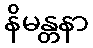
နိမန္တနာ